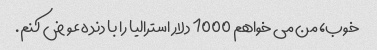
خوب، من می خواهم 1000 دلار استرالیا را با دنده عوض کنم.